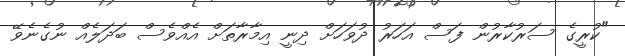
"ކުރީގެ ސަރުކާރުން ފަސް އަހަރު ދުވަހަށް ދިނީ އިމާރާތަށް އެއްވެސް ބަދަލެއް ނުގެނެވޭ